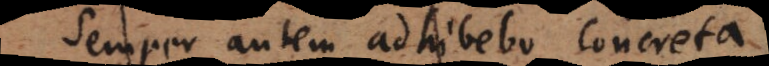
Semper autem adhibebo concreta.